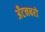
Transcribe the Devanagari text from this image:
अँटनबरो